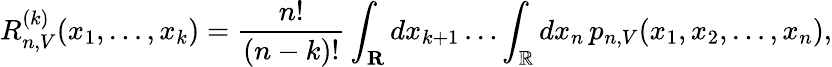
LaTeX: R_{n,V}^{(k)}(x_{1},\dots,x_{k})={\frac{n!}{(n-k)!}}\int_{\mathbf{R}}dx_{k+1}\dots\int_{\mathbb{R}}dx_{n}\, p_{n,V}(x_{1},x_{2},\dots,x_{n}),